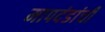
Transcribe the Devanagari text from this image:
मापदंडांची